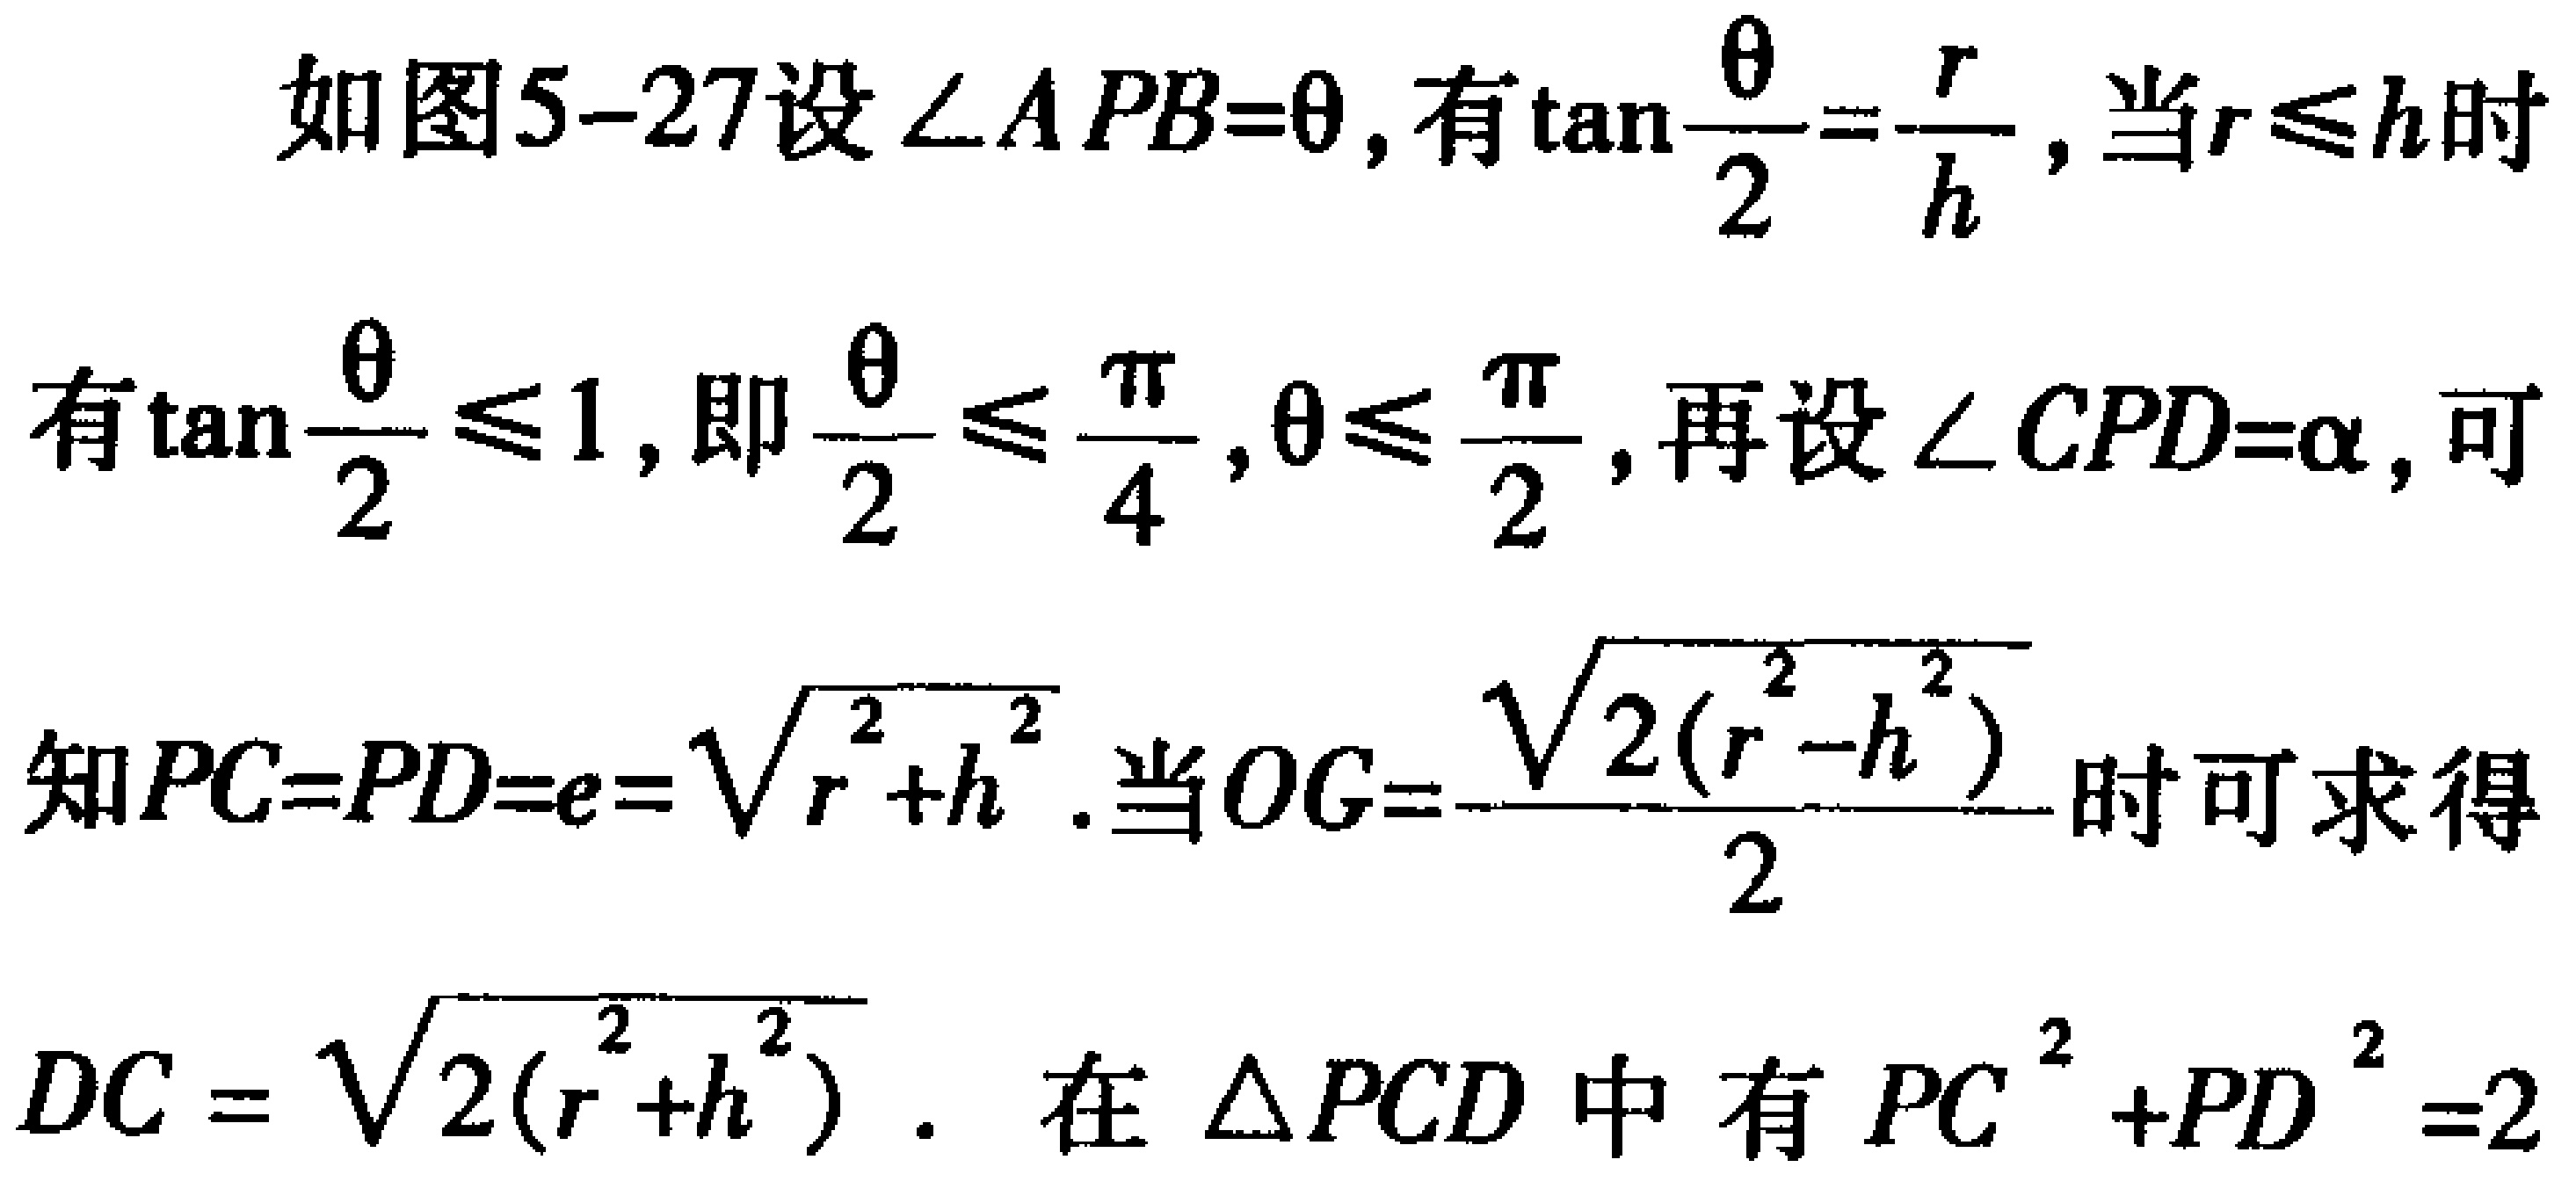
如图5-27设$\angle APB = \theta$, 有$\tan\frac{\theta}{2}=\frac{r}{h}$, 当$r\leqslant h$时
有$\tan\frac{\theta}{2}\leqslant1$, 即$\frac{\theta}{2}\leqslant\frac{\pi}{4}, \theta\leqslant\frac{\pi}{2}$, 再设$\angle CPD=\alpha$, 可
知$PC = PD = e=\sqrt{r^{2}+h^{2}}$. 当$OG = \frac{\sqrt{2(r^{2}-h^{2})}}{2}$时可求得
$DC=\sqrt{2(r^{2}+h^{2})}$. 在$\triangle PCD$中有$PC^{2}+PD^{2}=2$